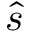
\hat { s }